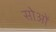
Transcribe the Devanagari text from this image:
सोओं